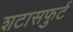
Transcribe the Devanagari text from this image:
शटासफुर्ट